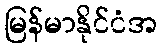
မြန်မာနိုင်ငံအ